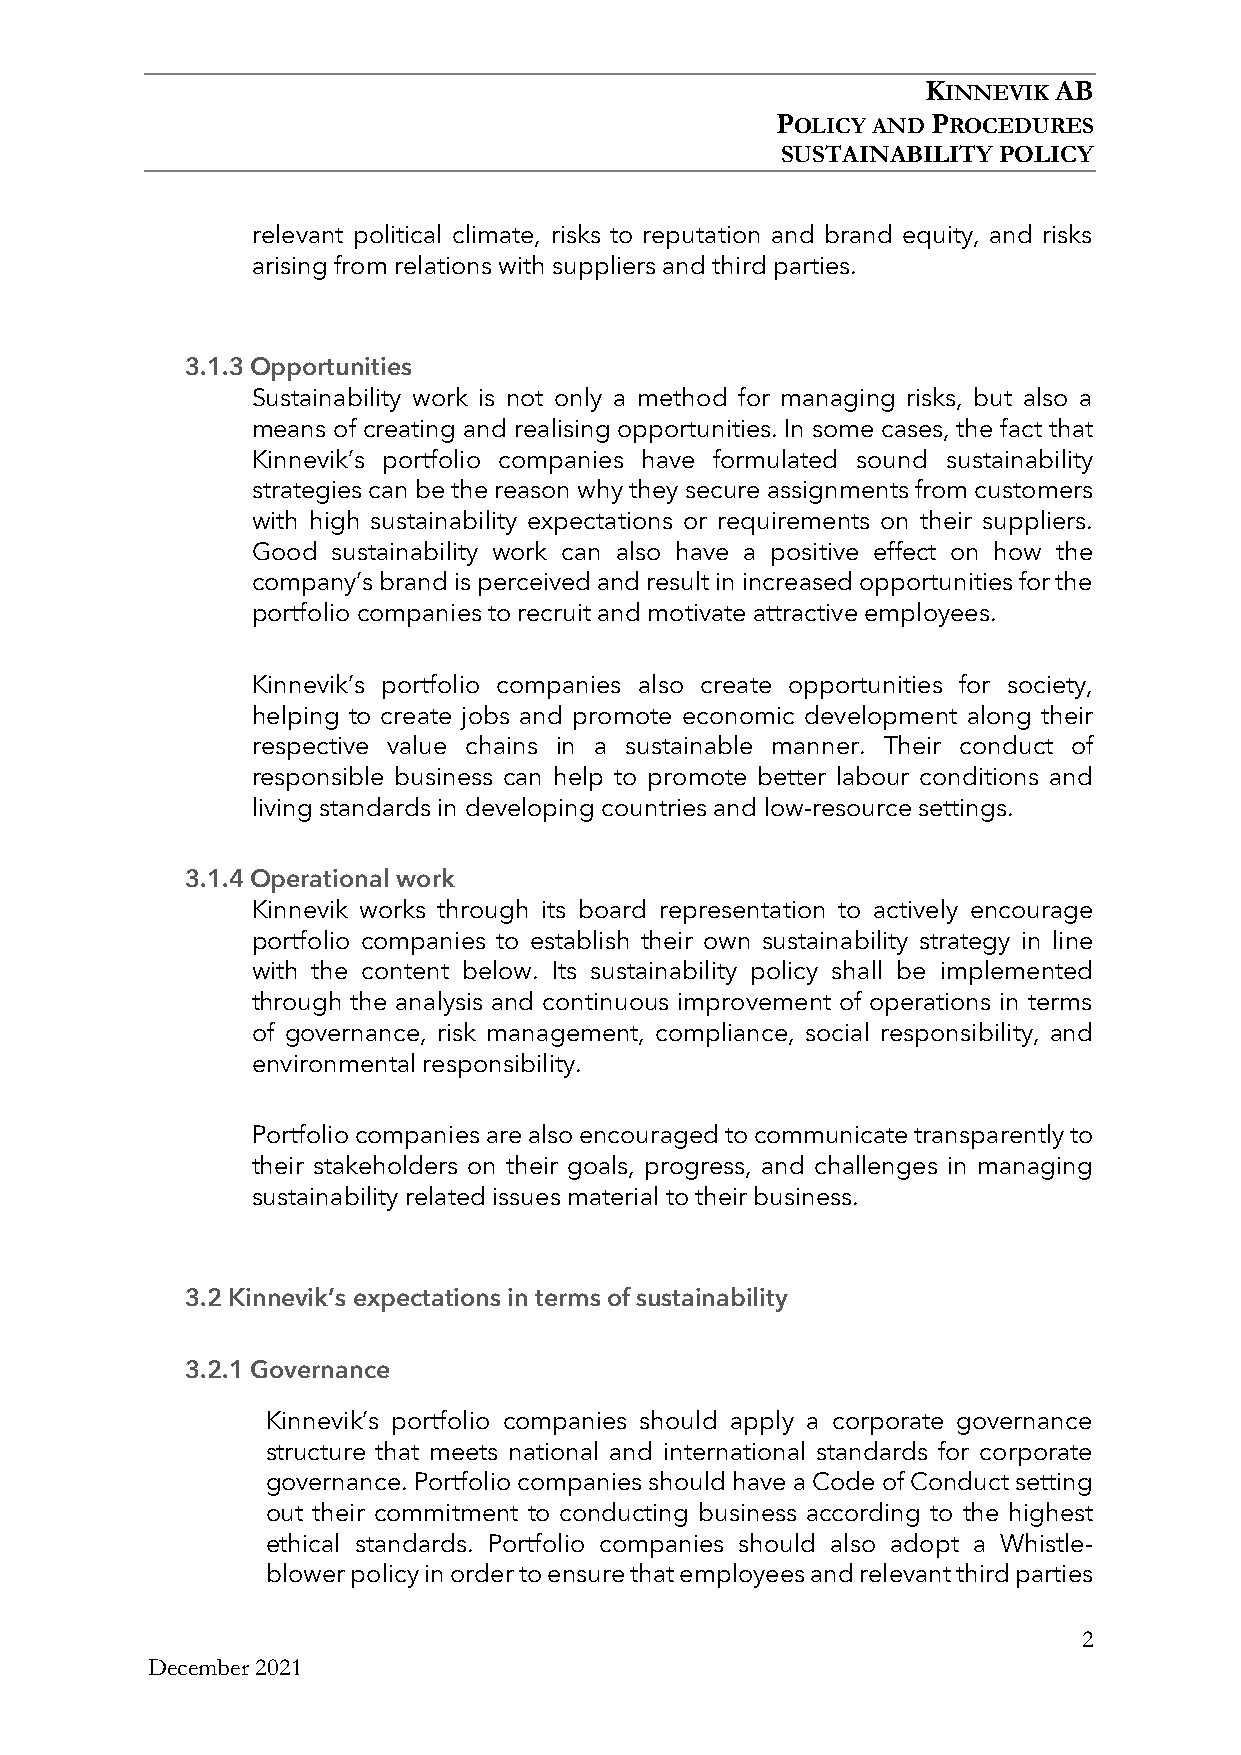
KINNEVIK AB
 POLICY AND PROCEDURES
 SUSTAINABILITY POLICY
 relevant political climate, risks to reputation and brand equity, and risks
 arising from relations with suppliers and third parties.
 3.1.3 Opportunities
 Sustainability work is not only a method for managing risks, but also a
 means of creating and realising opportunities. In some cases, the fact that
 Kinnevik’s portfolio companies have formulated sound sustainability
 strategies can be the reason why they secure assignments from customers
 with high sustainability expectations or requirements on their suppliers.
 Good sustainability work can also have a positive effect on how the
 company’s brand is perceived and result in increased opportunities for the
 portfolio companies to recruit and motivate attractive employees.
 Kinnevik’s portfolio companies also create opportunities for society,
 helping to create jobs and promote economic development along their
 respective value chains in a sustainable manner. Their conduct of
 responsible business can help to promote better labour conditions and
 living standards in developing countries and low-resource settings.
 3.1.4 Operational work
 Kinnevik works through its board representation to actively encourage
 portfolio companies to establish their own sustainability strategy in line
 with the content below. Its sustainability policy shall be implemented
 through the analysis and continuous improvement of operations in terms
 of governance, risk management, compliance, social responsibility, and
 environmental responsibility.
 Portfolio companies are also encouraged to communicate transparently to
 their stakeholders on their goals, progress, and challenges in managing
 sustainability related issues material to their business.
 3.2 Kinnevik’s expectations in terms of sustainability
 3.2.1 Governance
 Kinnevik’s portfolio companies should apply a corporate governance
 structure that meets national and international standards for corporate
 governance. Portfolio companies should have a Code of Conduct setting
 out their commitment to conducting business according to the highest
 ethical standards. Portfolio companies should also adopt a Whistle-
 blower policy in order to ensure that employees and relevant third parties
 2
 December 2021